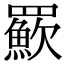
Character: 𦌸